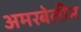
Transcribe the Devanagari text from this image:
अमरबेलीन